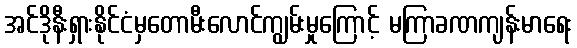
အင်ဒိုနီးရှားနိုင်ငံမှတောမီးလောင်ကျွမ်းမှုကြောင့် မကြာခဏကျန်းမာရေး